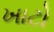
ખાટો